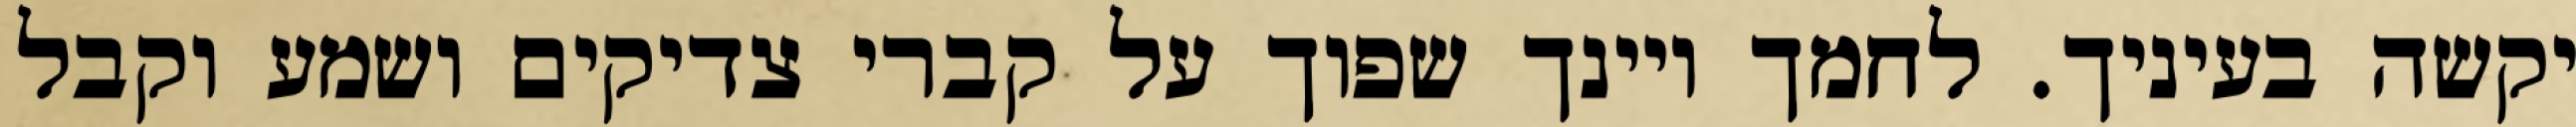
יקשה בעיניך. לחמך ויינך שפוך על קברי צדיקים ושמע וקבל